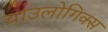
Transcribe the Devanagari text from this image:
चाउलोगिक्स